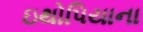
ઇથોપિયાના